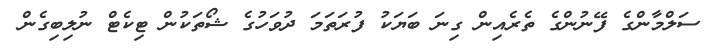
ސަލްމާންގެ ފޭނުންގެ ތެރެއިން ގިނަ ބަޔަކު ފުރަތަމަ ދުވަހުގެ ޝޯތަކުން ޓިކެޓް ނުލިބިގެން